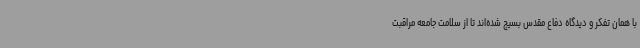
با همان تفکر و دیدگاه دفاع مقدس بسیج شده‌اند تا از سلامت جامعه مراقبت